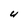
Character: 4